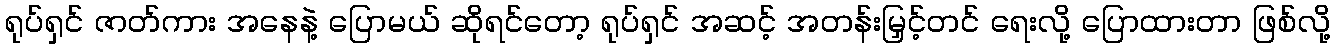
ရုပ်ရှင် ဇာတ်ကား အနေနဲ့ ပြောမယ် ဆိုရင်တော့ ရုပ်ရှင် အဆင့် အတန်းမြှင့်တင် ရေးလို့ ပြောထားတာ ဖြစ်လို့